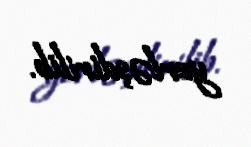
yerləşdirilib.